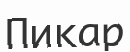
Пикар